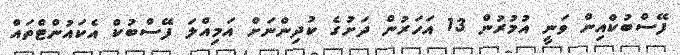
ފޭސްބުކްއިން ވަނީ އުމުރުން 13 އަހަރުން ދަށުގެ ކުދިންނަށް އަމިއްލަ ފޭސްބުކް އެކައުންޓްތައް